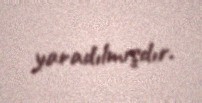
yaradılmışdır.